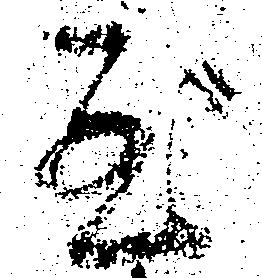
至